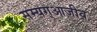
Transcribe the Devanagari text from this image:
सम्यग्आजीव